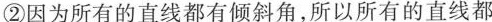
②因为所有的直线都有倾斜角，所以所有的直线都